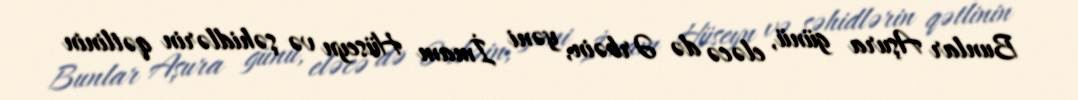
Bunlar Aşura günü, eləcə də Ərbəin, yəni İmam Hüseyn və şəhidlərin qətlinin